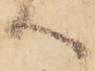
へ